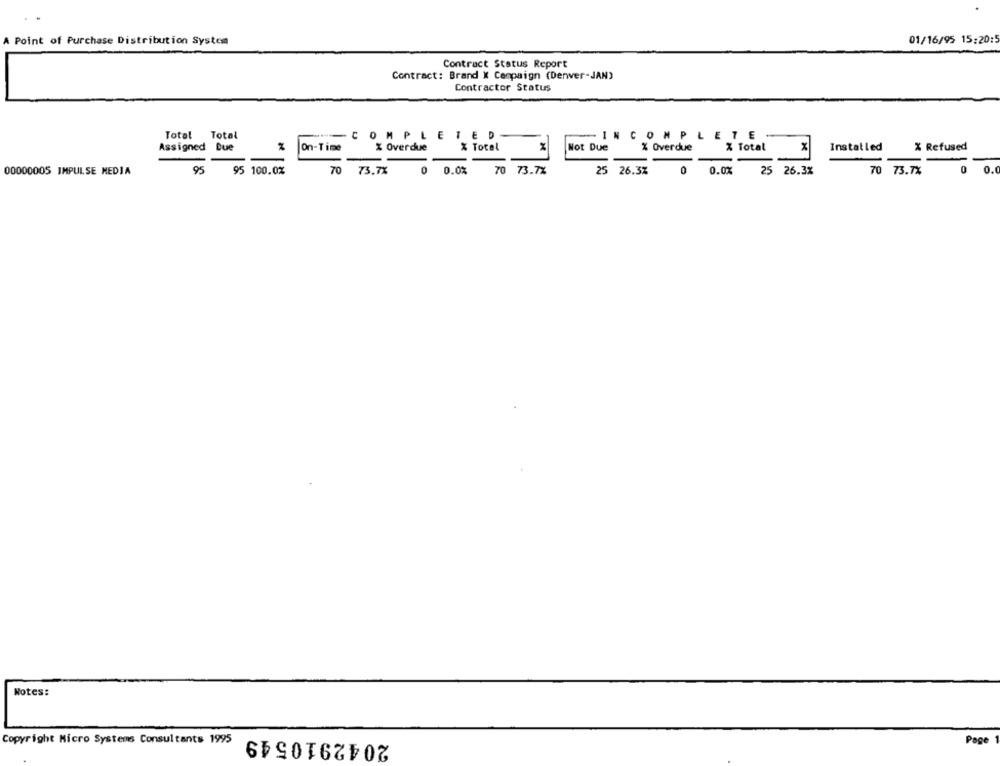
A Point of Purchase Distribution System
01/16/95 15:20:
Contract Status Report
Contract: Brand X Campaign (Denver-JAN)
Contractor Status
Total
Total
-
COMPLETED
INCOMPLETE
% Total
X Refused
Assigned
Due
On-Time
X Overdue
Not Due
% Overdue
X Total
Installed
70
0
O.C
00000005 IMPULSE MEDIA
95
95 100.0%
73.7%
0
0.0%
70 73.7%
25 26.3%
0
0.0%
25 26.3%
70 73.7%
Notes:
2042910549
Copyright Micro Systems Consultants 1995
Page